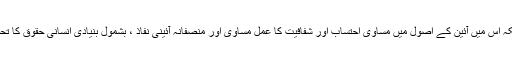
تاہم اگر اصولی طور پر دیکھا جائے تو یہ اس میں چند بنیادی خامیاں ہیں کیونکہ اس میں آئین کے اصول میں مساوی احتساب اور شفافیت کا عمل مساوی اور منصفانہ آئینی نفاذ ، بشمول بنیادی انسانی حقوق کا تحفظ اور غیر جانبدار طریقے پرتنازعات کی مصالحت کا عمل موجود نہیں ہے ۔